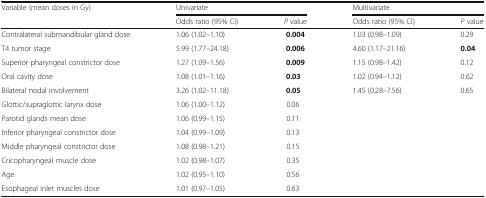
| <ROWSPAN=2> Variable (mean doses in Gy) | <COLSPAN=2> Univariate | <COLSPAN=2> Multivariate |
 | Odds ratio (95% CI) | P value | Odds ratio (95% CI) | P value |
 | --- | --- | --- | --- | --- |
 | Contralateral submandibular gland dose | 1.06 (1.02–1.10) | 0.004 | 1.03 (0.98–1.09) | 0.29 |
 | T4 tumor stage | 5.99 (1.77–24.18) | 0.006 | 4.60 (1.17–21.16) | 0.04 |
 | Superior pharyngeal constrictor dose | 1.27 (1.09–1.56) | 0.009 | 1.15 (0.98–1.42) | 0.12 |
 | Oral cavity dose | 1.08 (1.01–1.16) | 0.03 | 1.02 (0.94–1.12) | 0.62 |
 | Bilateral nodal involvement | 3.26 (1.02–11.18) | 0.05 | 1.45 (0.28–7.56) | 0.65 |
 | Glottic/supraglottic larynx dose | 1.06 (1.00–1.12) | 0.06 |  |  |
 | Parotid glands mean dose | 1.06 (0.99–1.15) | 0.11 |  |  |
 | Inferior pharyngeal constrictor dose | 1.04 (0.99–1.09) | 0.13 |  |  |
 | Middle pharyngeal constrictor dose | 1.08 (0.98–1.21) | 0.15 |  |  |
 | Cricopharyngeal muscle dose | 1.02 (0.98–1.07) | 0.35 |  |  |
 | Age | 1.02 (0.95–1.10) | 0.56 |  |  |
 | Esophageal inlet muscles dose | 1.01 (0.97–1.05) | 0.63 |  |  |